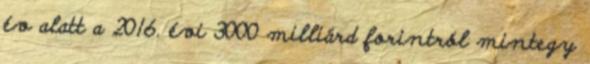
év alatt a 2016. évi 3000 milliárd forintról mintegy